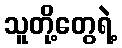
သူတို့တွေရဲ့